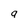
Character: q